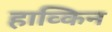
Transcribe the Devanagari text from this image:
हाव्किन